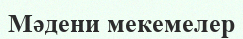
Мәдени мекемелер